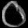
Digit: ၀